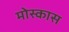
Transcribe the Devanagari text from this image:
मोस्कास